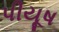
પીયૂષ